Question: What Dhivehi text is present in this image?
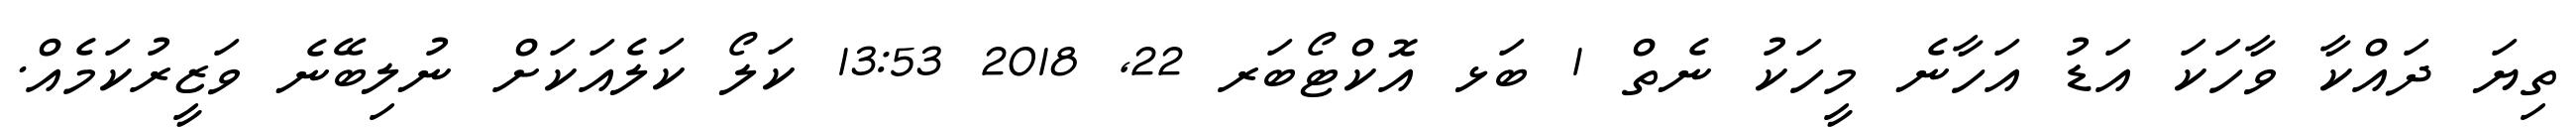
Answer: ތިޔަ ދައްކާ ވާހަކަ އަޑު އަހާނެ މީހަކު ނެތް 1 ބަޅ އޮކްޓޯބަރ 22, 2018 13:53 ކަލޯ ކަލެއަކަށް ނުލިބޭނެ ވަޒީރުކަމެއް.